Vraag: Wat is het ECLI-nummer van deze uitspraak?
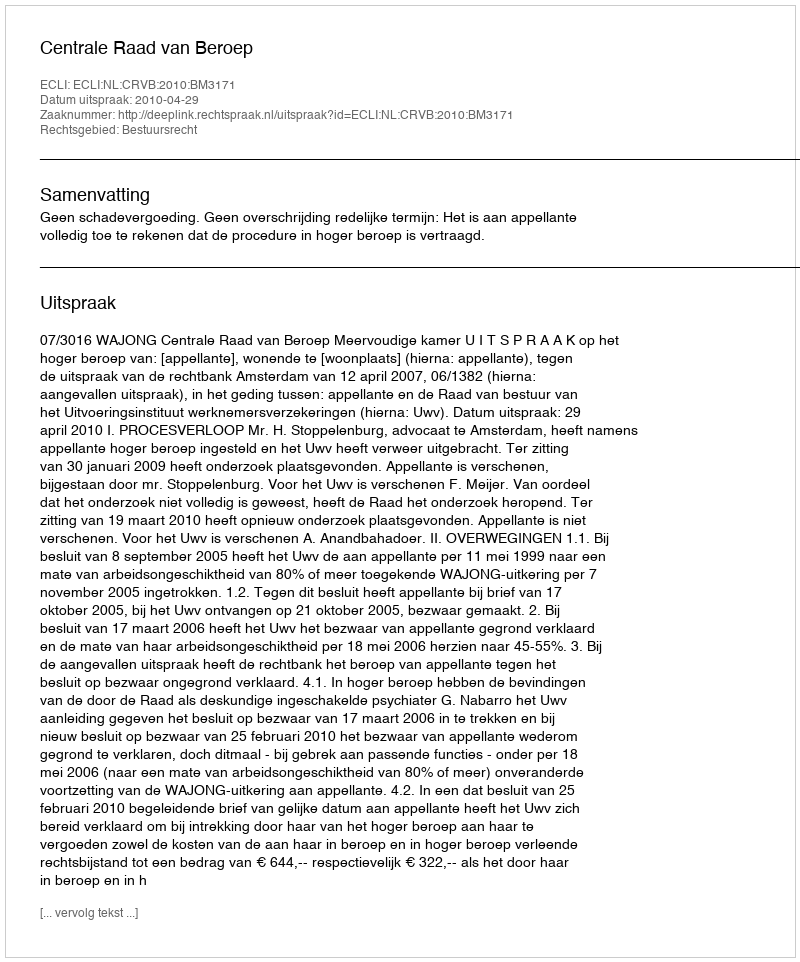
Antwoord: ECLI:NL:CRVB:2010:BM3171